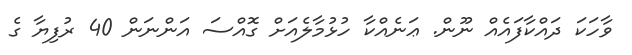
ވާހަކަ ދައްކާފައެއް ނޫން. ޢަނެއްކާ ހުޅުމާލެއަށް ގޮއްސަ އަންނަން 40 ރުފިޔާ ގެ